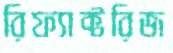
রিফ্যাক্টরিজ